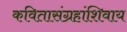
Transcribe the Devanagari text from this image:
कवितासंग्रहांशिवाय